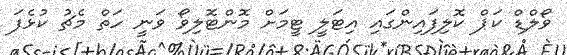
ވޯލްޑް ކަޕް ކޮލިފައިންގައި އިޓަލީ ޓީމަށް މޮންޓޮލިވޯ ވަނީ ހަތް މެޗު ކުޅެފަ